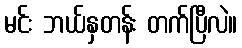
မင်း ဘယ်နှတန်း တက်ပြီလဲ။